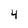
Character: 4